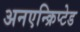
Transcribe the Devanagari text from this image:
अनएन्क्रिप्टेड